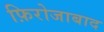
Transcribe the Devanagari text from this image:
फ़िरोजाबाद